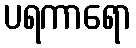
ပရကာရော